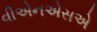
વીએનએસએ